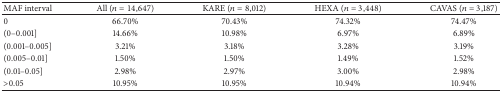
<table><thead><tr><td><b>MAF interval</b></td><td><b>All (<i>n</i> = 14,647)</b></td><td><b>KARE (<i>n</i> = 8,012)</b></td><td><b>HEXA (<i>n</i> = 3,448)</b></td><td><b>CAVAS (<i>n</i> = 3,187)</b></td></tr></thead><tbody><tr><td>0</td><td>66.70%</td><td>70.43%</td><td>74.32%</td><td>74.47%</td></tr><tr><td>(0–0.001]</td><td>14.66%</td><td>10.98%</td><td>6.97%</td><td>6.89%</td></tr><tr><td>(0.001–0.005]</td><td>3.21%</td><td>3.18%</td><td>3.28%</td><td>3.19%</td></tr><tr><td>(0.005–0.01]</td><td>1.50%</td><td>1.50%</td><td>1.49%</td><td>1.52%</td></tr><tr><td>(0.01–0.05]</td><td>2.98%</td><td>2.97%</td><td>3.00%</td><td>2.98%</td></tr><tr><td>&gt;0.05</td><td>10.95%</td><td>10.95%</td><td>10.94%</td><td>10.94%</td></tr></tbody></table>